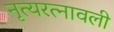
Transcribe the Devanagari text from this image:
नृत्यरत्नावली